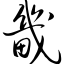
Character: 畿